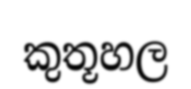
කුතූහල